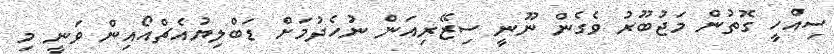
ސިއްހީ ގޮތުން މަޖުބޫރު ވެގެން ނޫނީ ސިޒޭރިއަން ނުހެދުމަށް ޑަބްލިޔުއެޗްއޯއިން ވަނީ މި